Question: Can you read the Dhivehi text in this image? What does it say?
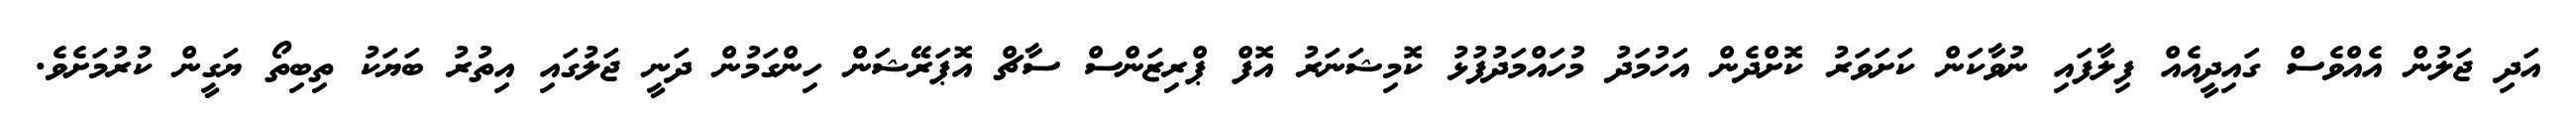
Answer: އަދި ޖަލުން އެއްވެސް ގައިދީއެއް ފިލާފައި ނުވާކަން ކަށަވަރު ކޮށްދެން އަހުމަދު މުހައްމަދުފުޅު ކޮމިޝަނަރު އޮފް ޕްރިޒަންސް ސާޗް އޮޕަރޭޝަން ހިންގަމުން ދަނީ ޖަލުގައި އިތުރު ބަޔަކު ތިބިތޯ ޔަގީން ކުރުމަށެވެ.